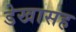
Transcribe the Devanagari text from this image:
डेखासह